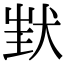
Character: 𤝶